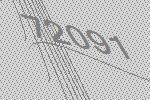
72091